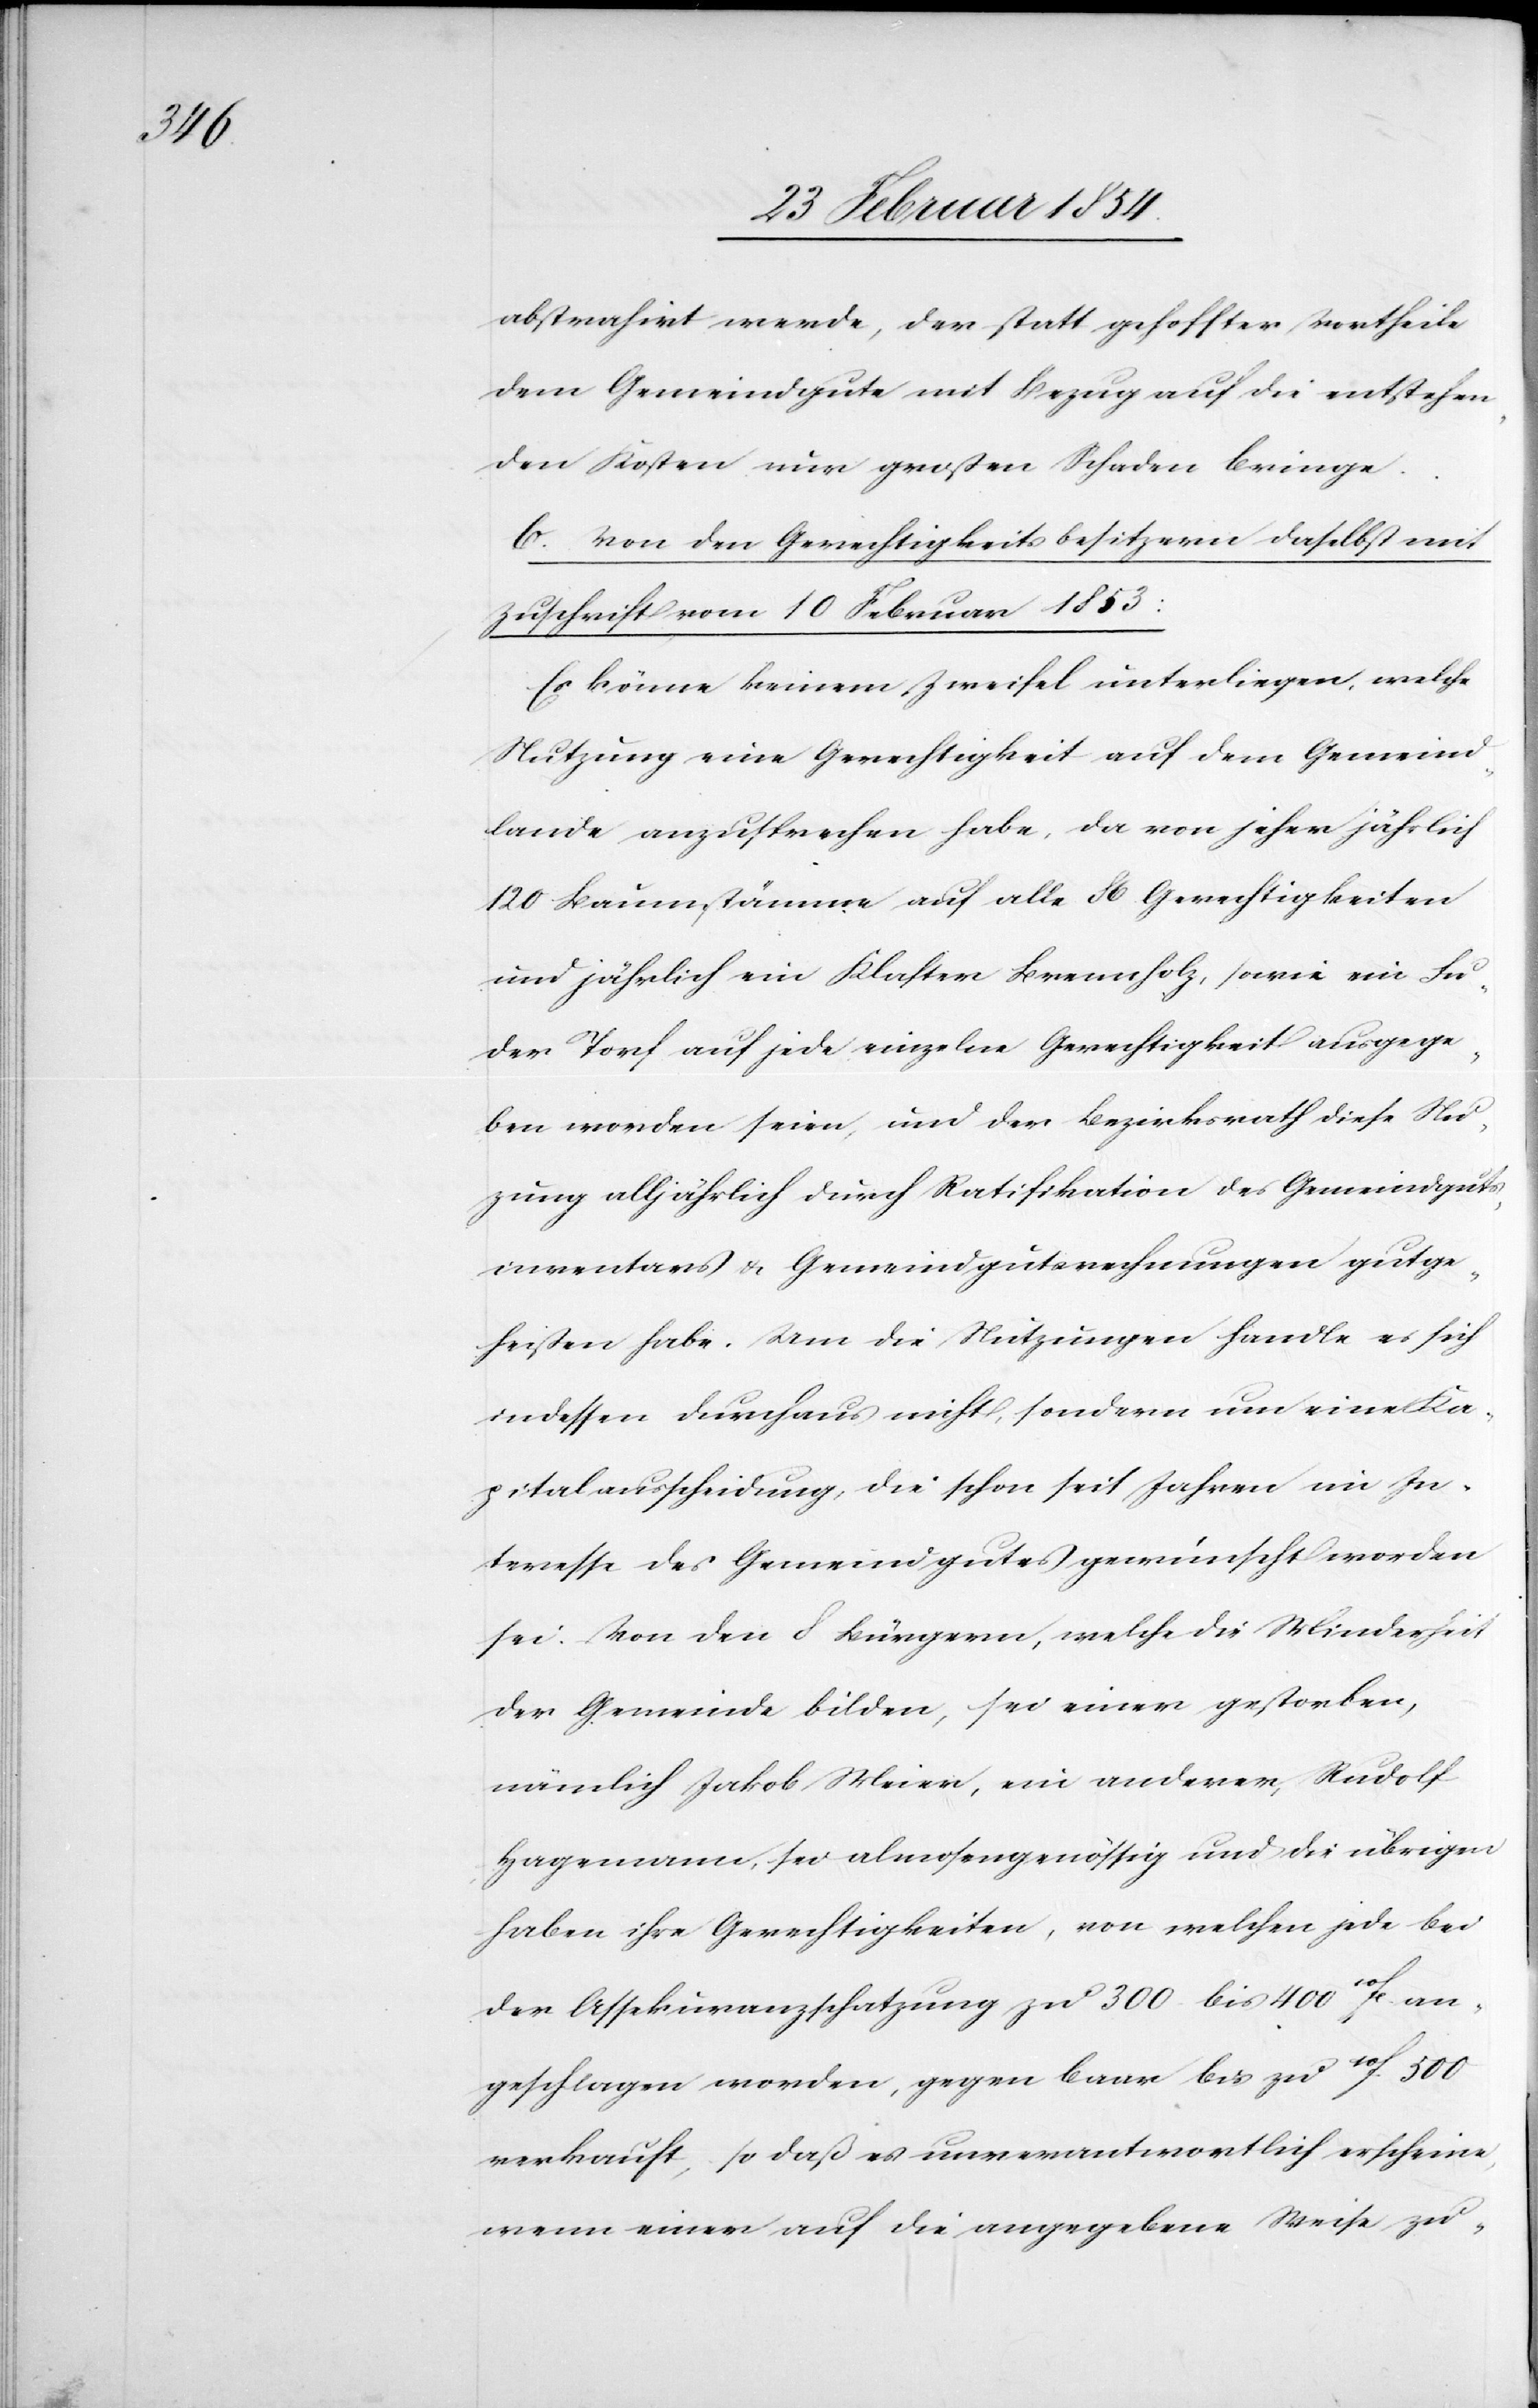
abstrahirt werde, der statt gehoffter Vortheile
dem Gemeindgute mit Bezug auf die entstehen¬
den Kösten nur großen Schaden bringe.
b. Von den Gerechtigkeitsbesitzern daselbst mit
Zuschrift vom 10 Februar 1853:
Es könne keinem Zweifel unterliegen, welche
Nutzung eine Gerechtigkeit auf dem Gemeind¬
lande anzusprechen habe, da von jeher jährlich
120 Baumstämme auf alle 86 Gerechtigkeiten
und jährlich ein Klaster Brennholz, sowie ein Fu¬
der Torf auf jede einzelne Gerechtigkeit ausgege¬
ben worden seien, und der Bezirksrath diese Nu¬
zung alljährlich durch Ratifikationen des Gemeindguts¬
inventars u. Gemeindgutsrechnungen gutge¬
heißen habe. Um die Nutzungen handle es sich
indessen durchaus nicht, sondern um eine Ka¬
pitalausscheidung, die schon seit Jahren im In¬
teresse des Gemeindgutes gewünscht worden
sei. Von den 8 bürgern, welche die Minderheit
der Gemeinde bilden, sei einer gestorben,
nämlich Jakob Meier, ein anderer, Rudolf
Hagemann, sei almosengenössig und die übrigen
haben ihre Gerechtigkeiten, von welchen jede bei
der Assekuranzschatzung zu 300 bis 400 10Fc. an¬
geschlagen worden, gegen baar bis zu 10F. 500
verkauft, so daß es unverantwortlich erscheine,
wenn einer auf die angegebene Weise zu-